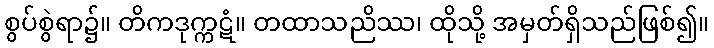
စွပ်စွဲရာ၌။ တိကဒုက္ကဋံ။ တထာသညိဿ၊ ထိုသို့ အမှတ်ရှိသည်ဖြစ်၍။